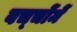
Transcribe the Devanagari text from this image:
बच्‍चोंमें